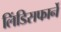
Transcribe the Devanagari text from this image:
लिंडिसफार्ने